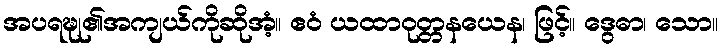
အပရဍ္ဎု၏အကျယ်ကိုဆိုအံ့။ ဧဝံ ယထာဝုတ္တနယေန၊ ဖြင့်။ ဒွေဓာ၊ သော။